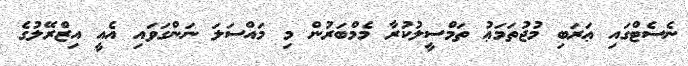
ނެސެޓްގައި ޢަރަބި މުޖުތަމަޢު ތަމްސީލުކުރާ މެމްބަރުން މި މައްސަލަ ނަންގަވައި އެއީ އިޒްރޭލުގެ